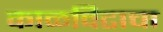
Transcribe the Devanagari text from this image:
काळविटाचा